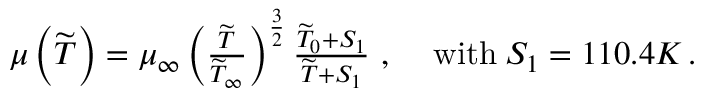
\begin{array} { r l } { \mu \left( \widetilde { T } \right) = \mu _ { \infty } \left( \frac { \widetilde { T } } { \widetilde { T } _ { \infty } } \right) ^ { \frac { 3 } { 2 } } \frac { \widetilde { T } _ { 0 } + S _ { 1 } } { \widetilde { T } + S _ { 1 } } \mathrm { ~ , ~ } } & { \mathrm { w i t h } \: S _ { 1 } = 1 1 0 . 4 K \, \mathrm { . } } \end{array}